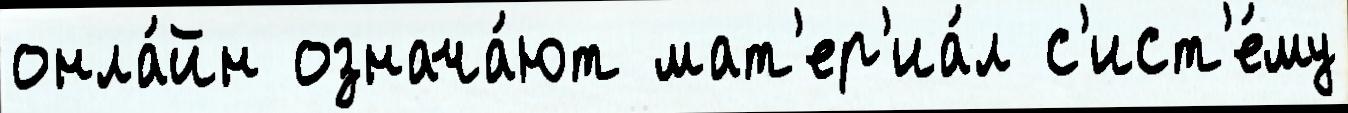
онла́йн означа́ют мат'ер'иа́л с'ист'е́му